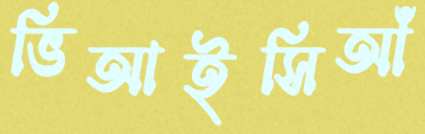
ভিআইসিআঁ